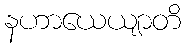
နဟာယေယျာတိ